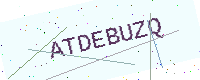
Text: ATDEBUZQ